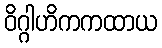
ဝိဂ္ဂါဟိကကထာယ